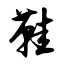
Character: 鞋